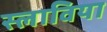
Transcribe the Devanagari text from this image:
स्लाविया